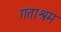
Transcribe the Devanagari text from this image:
गताश्रम